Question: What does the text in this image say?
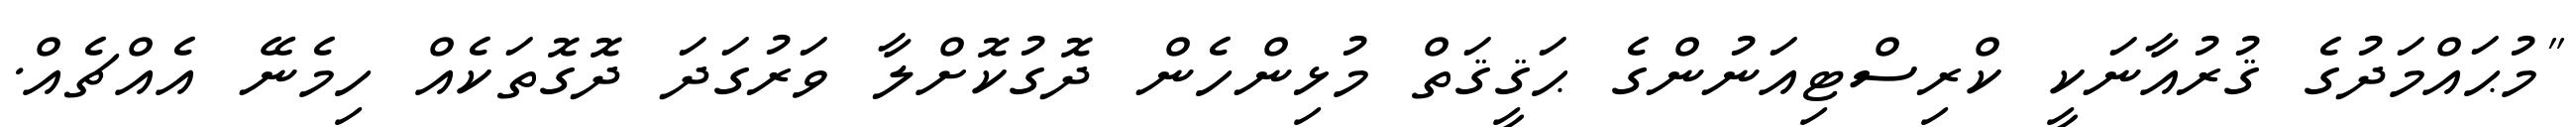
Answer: "މުޙައްމަދުގެ ޤުރުއާނަކީ ކްރިސްޓިއަނުންގެ ޙަޤީޤަތް މުޅިންހެން ދޮގުކޮށްލާ ވަރުގަދަ ދޮގޮތަކެއް ހިމެނޭ އެއްޗެއް.